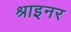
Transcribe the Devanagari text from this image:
श्राइनर